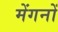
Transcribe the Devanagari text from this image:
मेंगनों